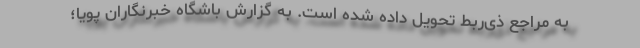
به مراجع ذی‌ربط تحویل داده شده است. به گزارش باشگاه خبرنگاران پویا؛